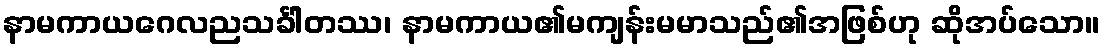
နာမကာယဂေလညသင်္ခါတဿ၊ နာမကာယ၏မကျန်းမမာသည်၏အဖြစ်ဟု ဆိုအပ်သော။